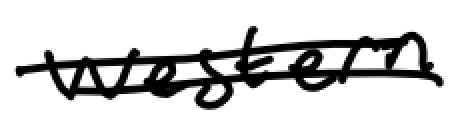
Text: western
Cross-out: double-line
Writing tool: digital_black